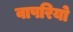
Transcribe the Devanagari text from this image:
वापरियो